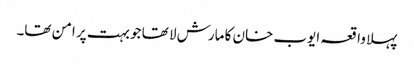
پہلا واقعہ ایوب خان کا مارش لا تھا جو بہت پر امن تھا۔